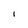
Character: I